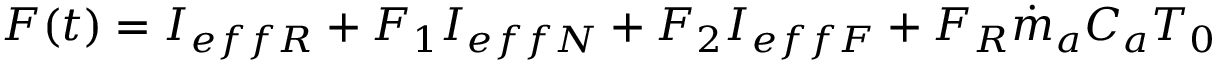
\begin{array} { r } { F ( t ) = I _ { e f f R } + F _ { 1 } I _ { e f f N } + F _ { 2 } I _ { e f f F } + F _ { R } { \dot { m } } _ { a } C _ { a } T _ { 0 } } \end{array}